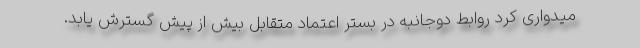
میدواری کرد روابط دوجانبه در بستر اعتماد متقابل بیش از پیش گسترش یابد.